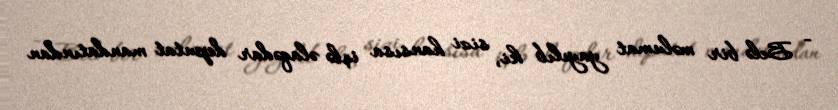
- Belə bir məlumat yayılıb ki, sizi hansısa işlə əlaqədar deputat mandatından